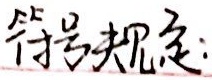
符号规定：